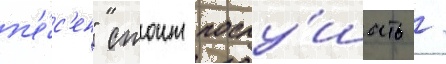
п'е́с'ен" стоит послу́шать /